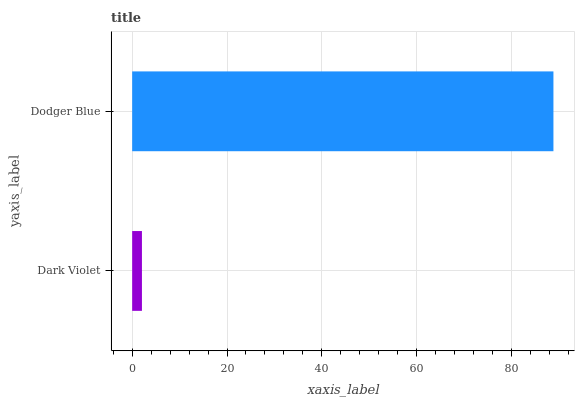
| yaxis_label | bars |
 | --- | --- |
 | Dark Violet | 2.06 |
 | Dodger Blue | 88.8 |